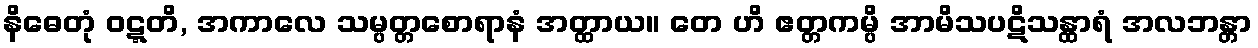
နိဓေတုံ ဝဋ္ဋတိ, အကာလေ သမ္ပတ္တစောရာနံ အတ္ထာယ။ တေ ဟိ ဧတ္တကမ္ပိ အာမိသပဋိသန္ထာရံ အလဘန္တာ